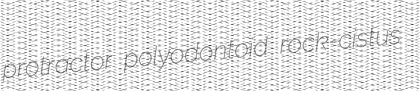
protractor polyodontoid rock-cistus